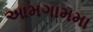
આમગામમા